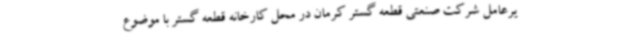
یرعامل شرکت صنعتی قطعه گستر کرمان در محل کارخانه قطعه گستر با موضوع